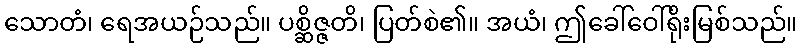
သောတံ၊ ရေအယဉ်သည်။ ပစ္ဆိဇ္ဇတိ၊ ပြတ်စဲ၏။ အယံ၊ ဤခေါ်ဝေါ်ရိုးမြစ်သည်။